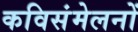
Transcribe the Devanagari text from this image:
कविसंमेलनों